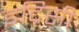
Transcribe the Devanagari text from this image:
इद्रिसी